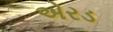
એરડ